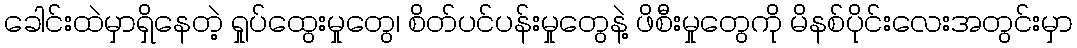
ခေါင်းထဲမှာရှိနေတဲ့ ရှုပ်ထွေးမှုတွေ၊ စိတ်ပင်ပန်းမှုတွေနဲ့ ဖိစီးမှုတွေကို မိနစ်ပိုင်းလေးအတွင်းမှာ